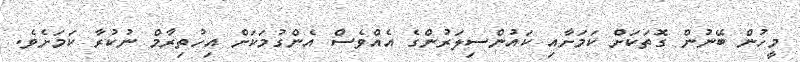
މީހުން ބޭނުން ގޮތަކަށް ކަމަށާއި ކައުންސިލަރުންގެ އެއްވެސް އެންގުމަކަށް އިހުތިރާމް ނުކުރާ ކަމަށެވެ.